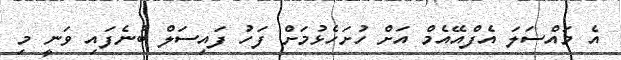
އެ މައްސަލަ އެފްއޭއެމް އަށް ހުށަހެޅުމަށް ފަހު ފައިސަލް ބުނެފައި ވަނީ މި